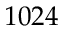
1 0 2 4